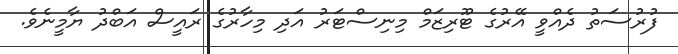
ފުރުސަތު ދެއްވީ އޭރުގެ ޓޫރިޒަމް މިނިސްޓަރު އަދި މިހާރުގެ ރައީސް އަބްދު ޔާމީނެވެ.